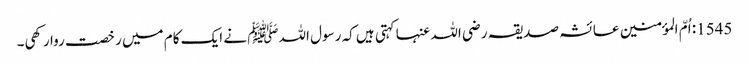
1545: اُمّ المؤمنین عائشہ صدیقہ رضی اللہ عنہا کہتی ہیں کہ رسول اللہﷺ نے ایک کام میں رخصت روا رکھی۔